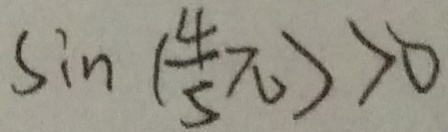
\sin ( \frac { 4 } { 5 } \pi ) > 0